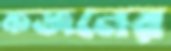
কজনের